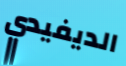
الديفيدي